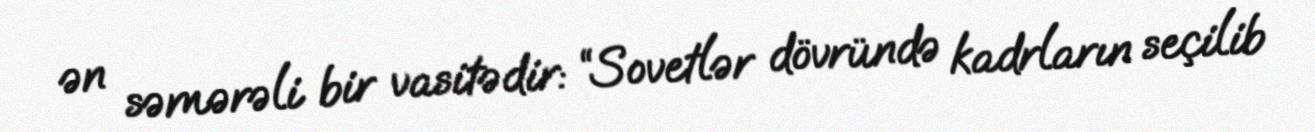
ən səmərəli bir vasitədir: “Sovetlər dövründə kadrların seçilib